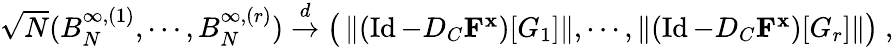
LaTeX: \begin{array}{r}{\sqrt{N}(B_{N}^{\infty,(1)},\cdots,B_{N}^{\infty,(r)})\stackrel{d}{\to}\big(\left\| (\operatorname{Id}-D_{C}\mathbf{F}^{\mathbf{x}})[G_{1}]\right\| ,\cdots,\left\| (\operatorname{Id}-D_{C}\mathbf{F}^{\mathbf{x}})[G_{r}]\right\| \big)~,}\end{array}